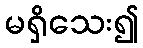
မရှိသေး၍